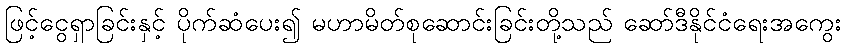
ဖြင့်ငွေရှာခြင်းနှင့် ပိုက်ဆံပေး၍ မဟာမိတ်စုဆောင်းခြင်းတို့သည် ဆော်ဒီနိုင်ငံရေးအကွေး